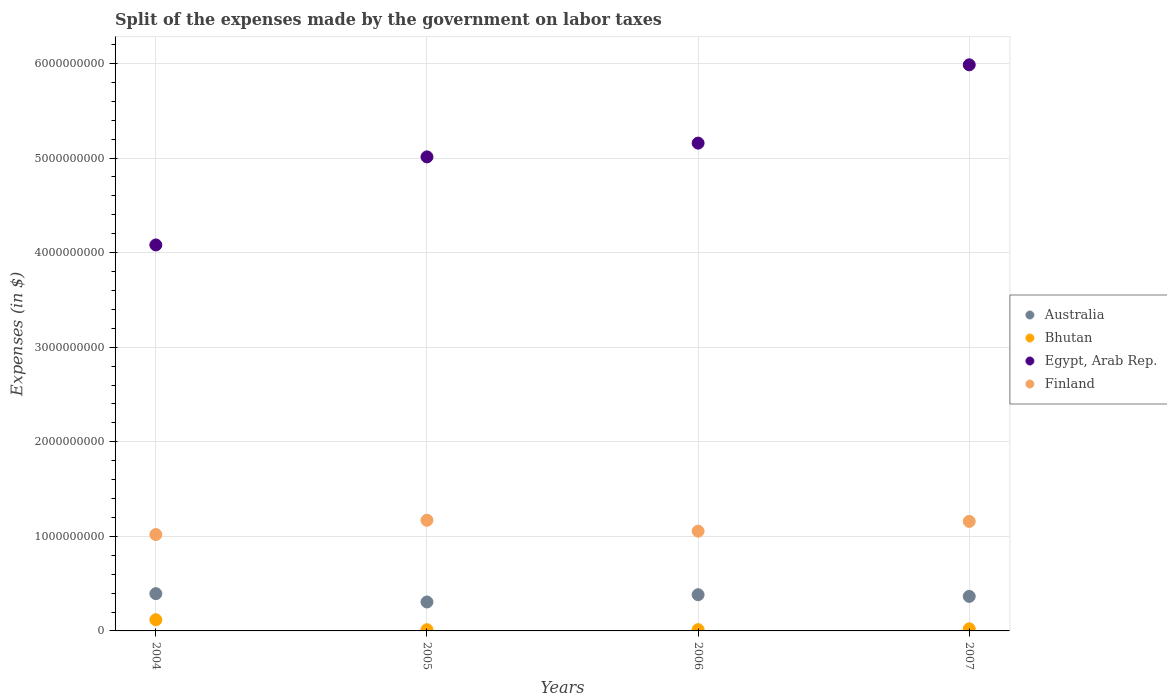
| Years | Australia | Bhutan | Egypt, Arab Rep. | Finland |
 | --- | --- | --- | --- | --- |
 | 2004 | 3.94e+08 | 1.18e+08 | 4.08e+09 | 1.02e+09 |
 | 2005 | 3.06e+08 | 1.28e+07 | 5.01e+09 | 1.17e+09 |
 | 2006 | 3.83e+08 | 1.35e+07 | 5.16e+09 | 1.06e+09 |
 | 2007 | 3.65e+08 | 2.20e+07 | 5.99e+09 | 1.16e+09 |